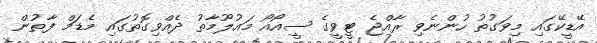
އޭޑީކޭގައި މިވަގުތު ހުންނެވި ރާއްޖެ ޓީވީގެ ސީއޯއޯ މައުލޫމާތު ދެއްވިގޮތުގައި މެޑަމް ފާތުން